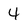
Character: 4